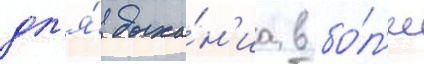
дл'я́ дыха́н'иа в бо́л'ее